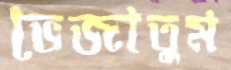
ভেজাতুম